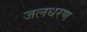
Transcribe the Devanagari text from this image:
जलधरण